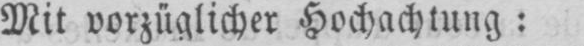
Mit vorzüglicher Hochachtung: